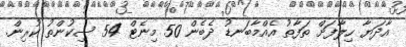
އާދަޔާ ހިލާފަށް ތަފާތު އެއްމާބަނޑު ދެބެން 50 މިނެޓް 54 ސިކުންތު ކުރިން.